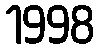
1998